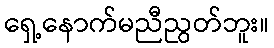
ရှေ့နောက်မညီညွတ်ဘူး။